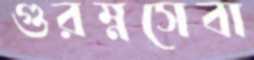
গুরম্নসেবা